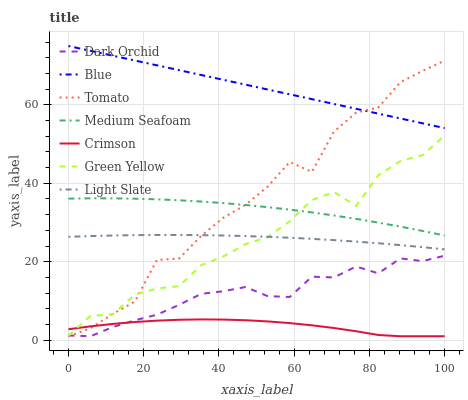
| xaxis_label | Dark Orchid | Blue | Tomato | Medium Seafoam | Crimson | Green Yellow | Light Slate |
 | --- | --- | --- | --- | --- | --- | --- | --- |
 | 0 | 1.2 | 75 | 1 | 36.1 | 2.78 | 1.12 | 26.4 |
 | 5.88 | 1 | 73.8 | 3.04 | 36.2 | 3.53 | 6.2 | 26.5 |
 | 11.8 | 3.33 | 72.5 | 6.68 | 36.2 | 4.14 | 6.57 | 26.7 |
 | 17.6 | 5.06 | 71.3 | 9.84 | 36.1 | 4.63 | 11.6 | 26.8 |
 | 23.5 | 6.49 | 70.1 | 20.5 | 35.9 | 4.98 | 13.2 | 26.8 |
 | 29.4 | 9.01 | 68.8 | 20.8 | 35.7 | 5.2 | 13.8 | 26.8 |
 | 35.3 | 11.8 | 67.6 | 26.6 | 35.3 | 5.29 | 19.1 | 26.8 |
 | 41.2 | 12.5 | 66.4 | 31.2 | 34.9 | 5.25 | 21.4 | 26.7 |
 | 47.1 | 13.6 | 65.1 | 34.5 | 34.5 | 5.08 | 24.5 | 26.5 |
 | 52.9 | 11.2 | 63.9 | 39.1 | 33.9 | 4.78 | 26.3 | 26.4 |
 | 58.8 | 11 | 62.7 | 45.4 | 33.3 | 4.35 | 30.3 | 26.1 |
 | 64.7 | 16.2 | 61.5 | 42.9 | 32.6 | 3.79 | 35.7 | 25.8 |
 | 70.6 | 16 | 60.2 | 53.2 | 31.8 | 3.1 | 37.8 | 25.5 |
 | 76.5 | 18.8 | 59 | 58 | 30.9 | 2.28 | 34.2 | 25.1 |
 | 82.4 | 17 | 57.8 | 59.3 | 30 | 1.32 | 42 | 24.7 |
 | 88.2 | 20.9 | 56.5 | 65.8 | 29 | 1 | 45.7 | 24.2 |
 | 94.1 | 20.2 | 55.3 | 68.6 | 27.9 | 1 | 47.2 | 23.7 |
 | 100 | 21.5 | 54.1 | 71.3 | 26.7 | 1 | 52.2 | 23.2 |